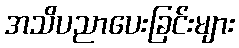
အသိပညာပေးခြင်းများ